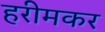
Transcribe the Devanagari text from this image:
हरीमकर